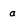
Character: a